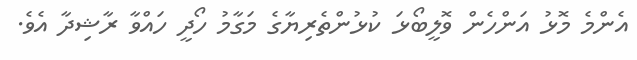
އެންމެ މޮޅު އަންހެން ވޮލީބޯޅަ ކުޅުންތެރިޔާގެ މަގާމު ހޯދީ ހައްވާ ރާޝިދާ އެވެ.